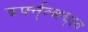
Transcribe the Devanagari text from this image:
र्द्म्फ्न्व्ब्क्ष्च्क्ष्व